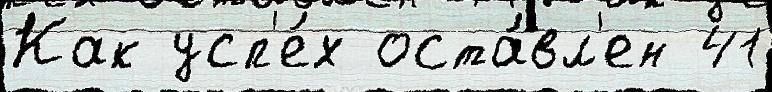
Как усп'е́х оста́вл'ен 41